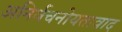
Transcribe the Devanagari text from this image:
अनिर्वचनोयतावाद